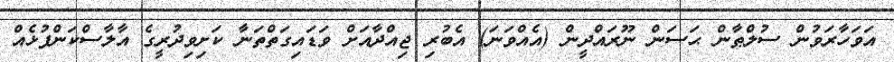
އަވަހާރަވުން ސުލްޠާން ޙަސަން ނޫރައްދީން (އެއްވަނަ) އެބުރި ޖިއްދާއަށް ވަޑައިގަތްތަނާ ކަށިވިދުރީގެ އާލާސްކަންފުޅެއް